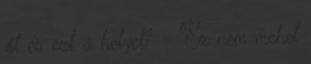
őt és ezt a helyet? - Ez nem mehet